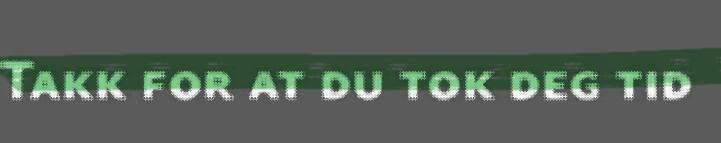
Takk for at du tok deg tid